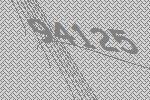
94125